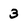
Character: 3